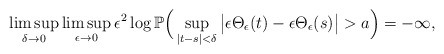
\begin{align*}&\limsup_{\delta\to0}\limsup_{\epsilon\to0}\epsilon^{2}\log\mathbb P\Big(\sup_{|t-s|<\delta}\big|\epsilon \Theta_{\epsilon}(t)-\epsilon \Theta_{\epsilon}(s)\big|>a\Big)=-\infty,\end{align*}